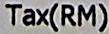
TAX(RM)